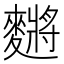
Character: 䵁